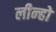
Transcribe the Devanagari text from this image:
लीन्‍हो